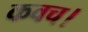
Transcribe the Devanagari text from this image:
कवच।